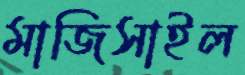
মাজিসাইল